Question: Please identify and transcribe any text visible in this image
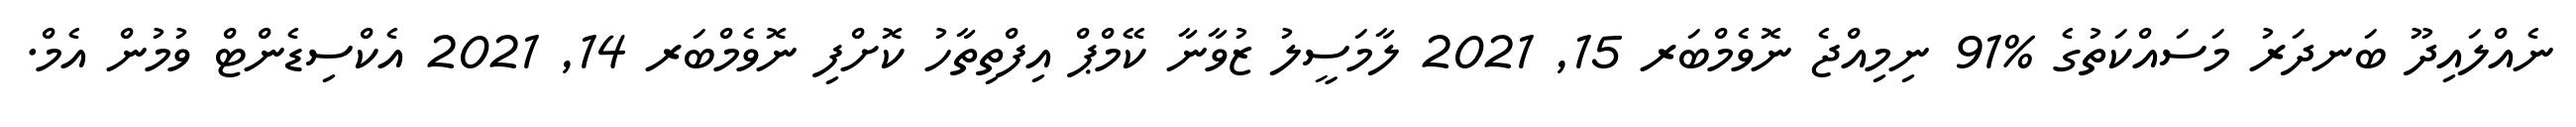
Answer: ނެއްލައިދޫ ބަނދަރު މަސައްކަތުގެ %91 ނިމިއްޖެ ނޮވެމްބަރ 15, 2021 ލާމަސީލު ޒުވާނާ ކޭމްޕް އިފްތިތާހު ކޮށްފި ނޮވެމްބަރ 14, 2021 އެކްސިޑެންޓް ވުމުން އެމް.